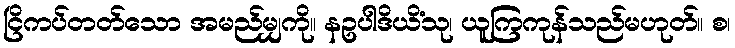
ငြိကပ်တတ်သော အမည်မျှကို။ နဥပါဒိယိံသု၊ ယူကြကုန်သည်မဟုတ်။ စ၊